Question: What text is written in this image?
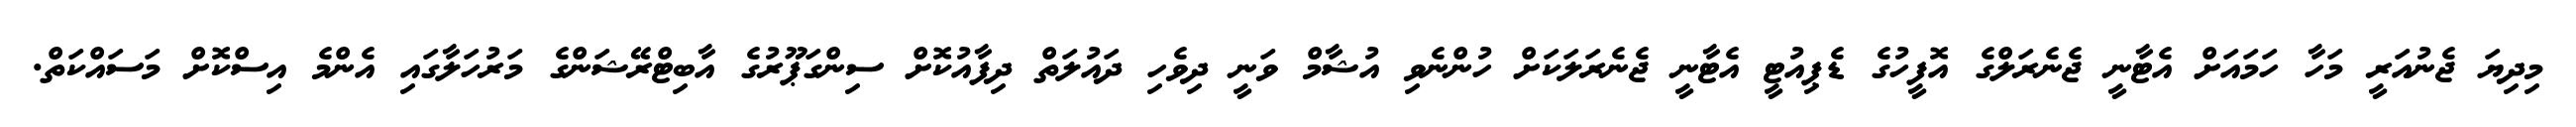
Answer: މިދިޔަ ޖެނުއަރީ މަހާ ހަމައަށް އެޓާނީ ޖެނެރަލްގެ އޮފީހުގެ ޑެޕިއުޓީ އެޓާނީ ޖެނެރަލަކަށް ހުންނެވި އުޝާމް ވަނީ ދިވެހި ދައުލަތް ދިފާއުކޮށް ސިންގަޕޫރުގެ އާބިޓްރޭޝަންގެ މަރުހަލާގައި އެންމެ އިސްކޮށް މަސައްކަތް.